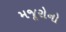
મજૂરોનો